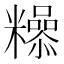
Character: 𮇿